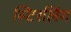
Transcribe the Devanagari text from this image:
स्टिरलिंग